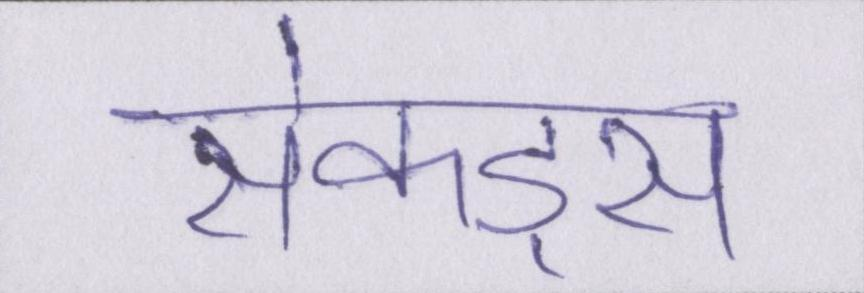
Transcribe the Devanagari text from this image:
सेकंड्स